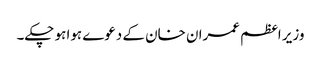
وزیر اعظم عمران خان کے دعوے ہوا ہو چکے۔